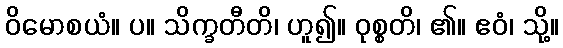
ဝိမောစယံ။ ပ။ သိက္ခတီတိ၊ ဟူ၍။ ဝုစ္စတိ၊ ၏။ ဧဝံ၊ သို့။